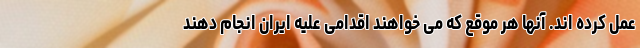
عمل کرده اند. آنها هر موقع که می خواهند اقدامی علیه ایران انجام دهند